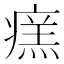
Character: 𤹂